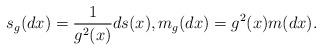
LaTeX: \begin{align*}s_g(dx)=\frac{1}{g^2(x)}ds(x), m_g(dx)=g^2(x)m(dx).\end{align*}